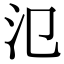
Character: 氾